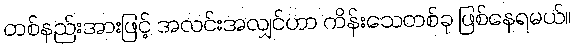
တစ်နည်းအားဖြင့် အလင်းအလျှင်ဟာ ကိန်းသေတစ်ခု ဖြစ်နေရမယ်။